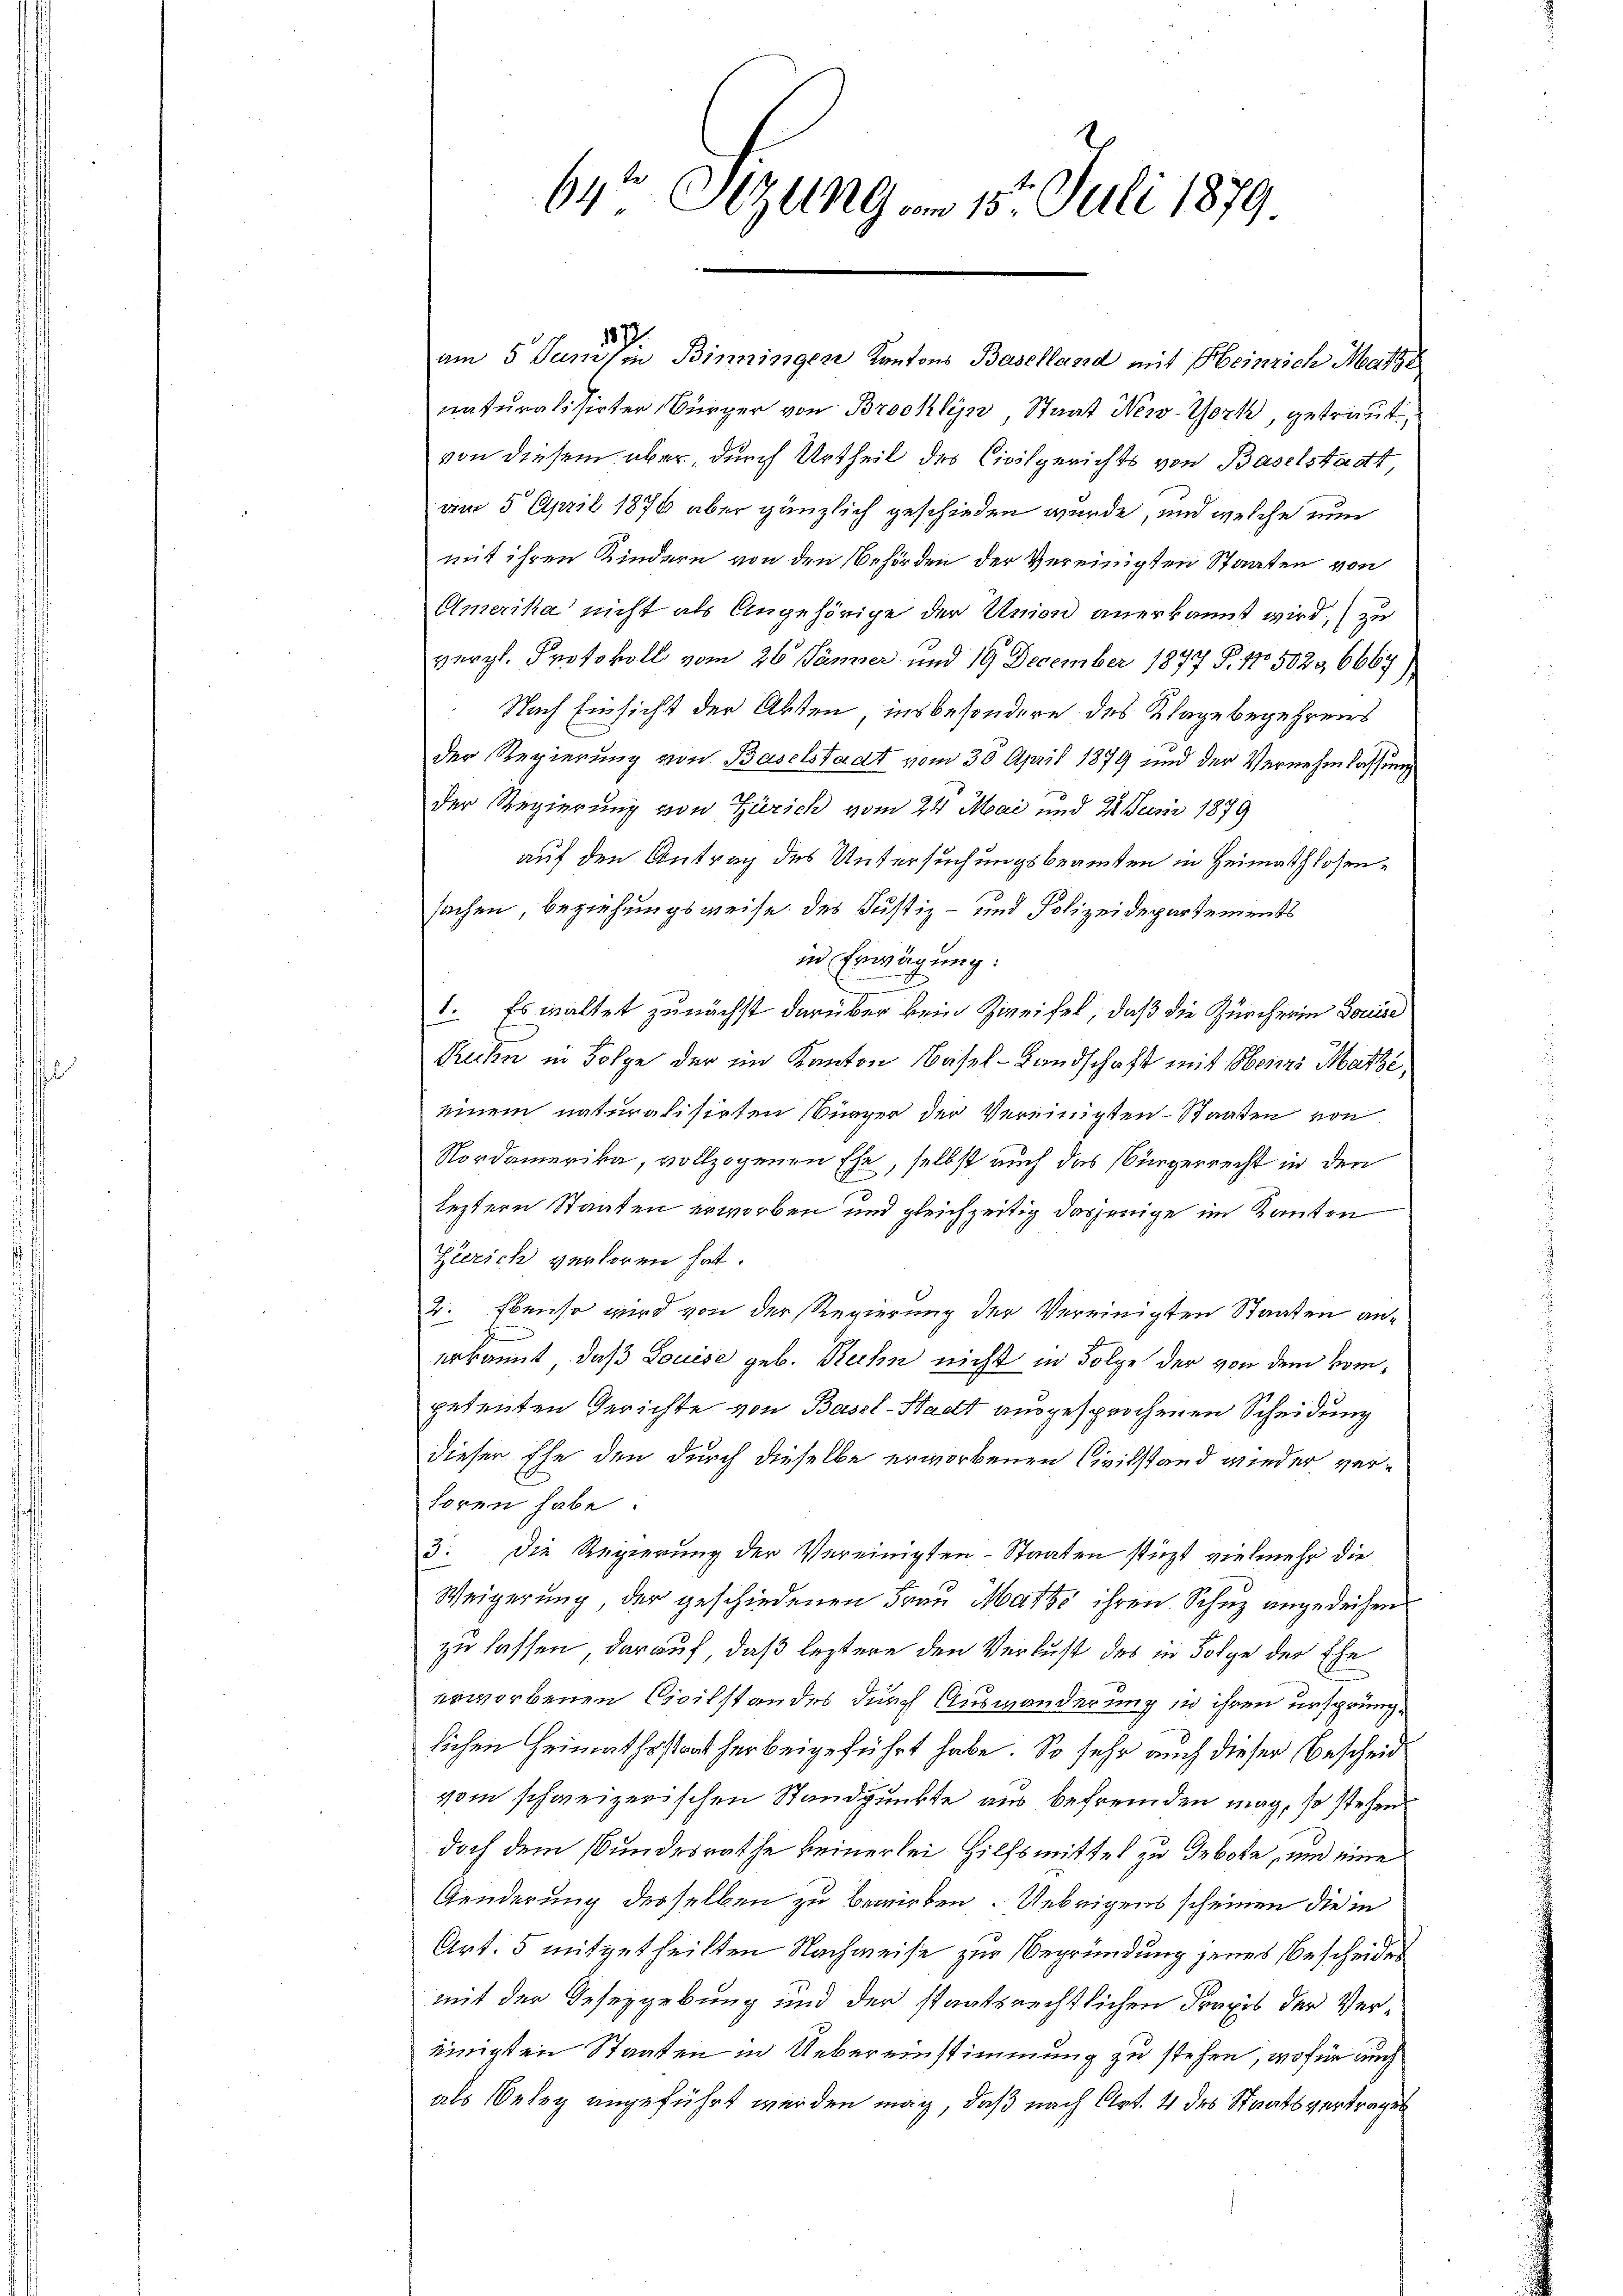
69 Sizung am 15. Juli 1879

187
am 5. Junis in Binningen Kantons Baselland mit Heinrich Mart
naturalisirter Bürger von Brooklyn, Staat New-York, getraut,
von diesem aber, durch Urtheil des Civilgerichts von Baselstadt
am 5 April 1876 aber gänzlich geschieden wurde, und welche nun
mit ihren Kindern von den Behörden der Vereinigten Staaten von
Amerika nicht als Angehörige der Union anerkannt wird, zu
vergl. Protokoll vom 26. Jänner und 19 December 1877 P. 175029 6667)
Nach Einsicht der Akten, insbesondere des Klage begehrens
der Regierung von Baselstadt vom 30. April 1879 und der Vernehmlassung
der Regierung von Zürich vom 24. Mai und 21. Juni 1879
auf den Antrag des Untersuchungsbeamten in Heimathlosensachen, Beziehungsweise des Justiz- und Polizeidepartements
in Erwägung:
1. Es waltet zunächst darüber kein Zweifel, daß die Zürcherin Louise
Rechn in Folge der im Kanton Basel-Landschaft mit Horni Matte,
einem naturalisirten Bürger der Vereinigten Staaten von
Nordamerika, vollzogenen Ehe, selbst auch das Bürgerrecht in den
leztern Staaten erworben und gleichzeitig dasjenige im Kanton
Zürich verloren hat.
2. Ebenso wird von der Regierung der Vereinigten Staaten anerkannt, daß Louise geb. Rechn nicht in Folge der von dem kompetenten Gerichte von Basel-Stadt ausgesprochenen Scheidung
dieser Ehe den durch dieselbe erworbenen Civilstand wieder verhören habe.
3. Die Regierung der Vereinigten-Staaten stützt vielmehr die
Weigerung der geschiedenen Frau Matte ihren Schuz angedeihen
zu lassen darauf, daß leztere den Verlust des in Folge der Ehe
erworbenen Civilstandes durch Auswanderung in ihren ursprünglichen Heimathsstaat herbeigeführt habe. So sehr auch dieser Bescheid
vom schweizerischen Standpunkte aus befremden mag, so stehen
doch dem Bundesrathe keinerlei Hilfsmittel zu gebote, und eine
Genderung derselben zu bewirken. Uebrigens scheinen die in
Art. 5 mitgetheilten Nachweise zur Begründung jenes Bescheides
mit der Gesezgebung und der staatsrechtlichen Praxis der Vereinigten Staaten in Uebereinstimmung zu stehen, wofür auch
als Oeley angeführt werden mag, daß nach Art. 4 des Staatsvertrages